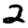
Digit: 2